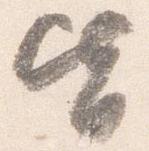
皆